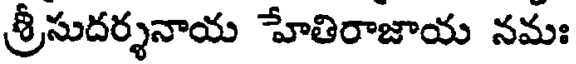
శ్రీసుదర్శనాయ హేతిరాజాయ నమః